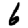
Digit: 6